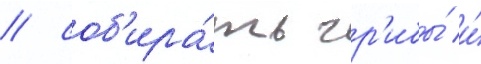
/ соб'ира́ть гр'ибы́ и́